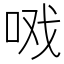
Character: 𰇣